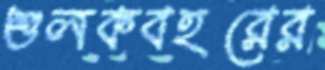
শুলকবহরের